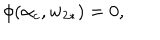
\phi ( \alpha _ { c } , w _ { 2 \ast } ) = 0 ,